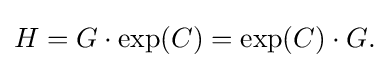
\displaystyle {H=G\cdot \exp(C)=\exp(C)\cdot G.}